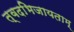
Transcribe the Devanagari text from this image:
त्वदभिजायताम्